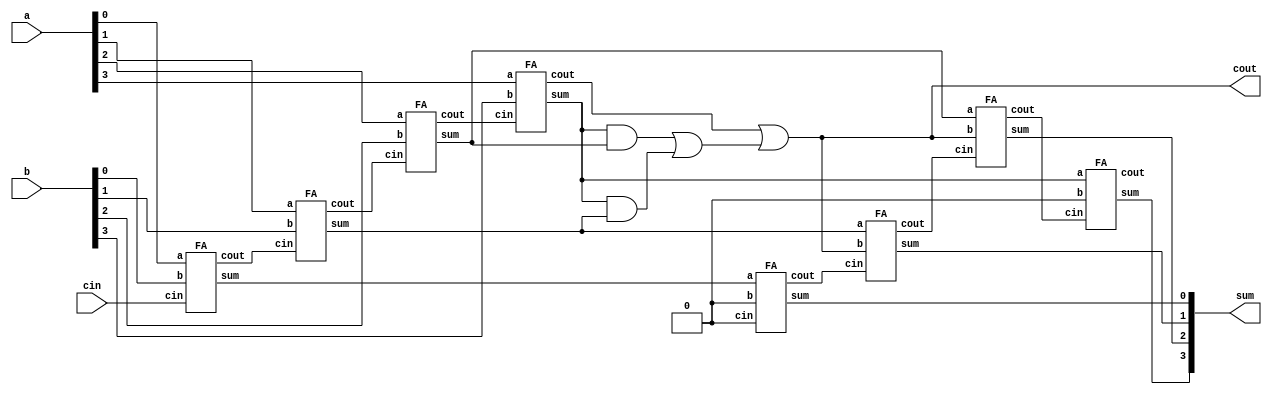
module bcd_adder (

input [3:0] a, b,
input cin,
output cout,
output [3:0] sum

);

wire [3:0] temp_s, temp_w;
wire [2:0] w;
wire temp_cout, carry;

FA f0 (a[0], b[0], cin, w[0], temp_s[0]);
FA f1 (a[1], b[1], w[0], w[1], temp_s[1]);
FA f2 (a[2], b[2], w[1], w[2], temp_s[2]);
FA f3 (a[3], b[3], w[2], temp_cout, temp_s[3]);

assign carry = (temp_s[3] & temp_s[2]) | (temp_s[3] & temp_s[1]);
assign cout = temp_cout | carry;

FA f4 (temp_s[0], 1'b0, 1'b0, temp_w[0], sum[0]);
FA f5 (temp_s[1], cout, temp_w[0], temp_w[1], sum[1]);
FA f6 (temp_s[2], cout, temp_w[1], temp_w[2], sum[2]);
FA f7 (temp_s[3], 1'b0, temp_w[2], temp_w[3], sum[3]);

endmodule

module FA (input a, b, cin, output cout, sum);

assign sum = a ^ b ^ cin;
assign cout = (a & b) | (cin & (a ^ b));

endmodule